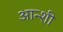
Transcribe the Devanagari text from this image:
आन्शी